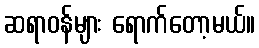
ဆရာဝန်များ ရောက်တော့မယ်။